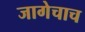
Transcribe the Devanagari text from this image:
जागेचाच